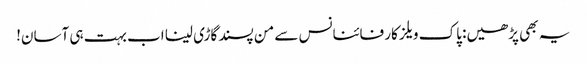
یہ بھی پڑھیں: پاک ویلز کار فائنانس سے من پسند گاڑی لینا اب بہت ہی آسان!